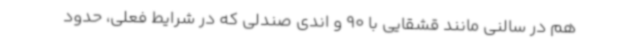
هم در سالنی مانند قشقایی با 90 و اندی صندلی که در شرایط فعلی، حدود